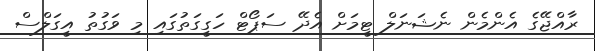
ރާއްޖޭގެ އެންމެން ނެޝަނަލް ޓީމަށް އެދޭ ސަޕޯޓް ހަގީގަތުގައި މި ވަގުތު އީގަލްސް